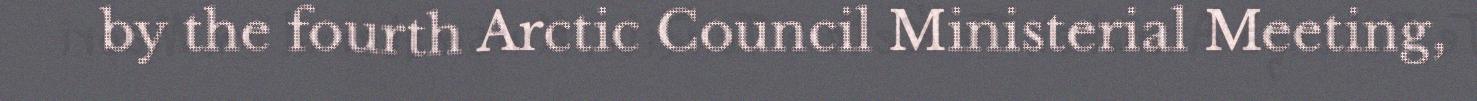
by the fourth Arctic Council Ministerial Meeting,